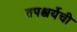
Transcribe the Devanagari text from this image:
तपश्चर्येची